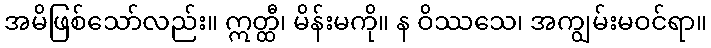
အမိဖြစ်သော်လည်း။ ဣတ္ထီ၊ မိန်းမကို။ န ဝိဿသေ၊ အကျွမ်းမဝင်ရာ။